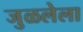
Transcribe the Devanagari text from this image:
जुळलेला